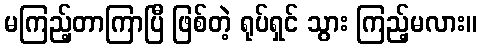
မကြည့်တာကြာပြီ ဖြစ်တဲ့ ရုပ်ရှင် သွား ကြည့်မလား။